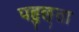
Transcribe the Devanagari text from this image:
पहुछ्ता